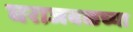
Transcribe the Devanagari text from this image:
घराजवळच्या